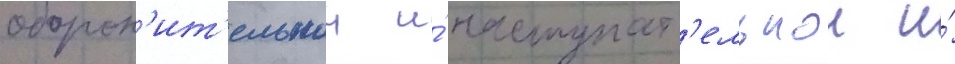
оборон'ит'ельнои и́ наступат'ельнои и́